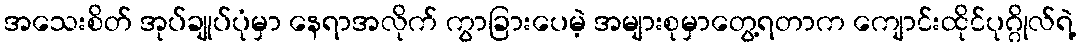
အသေးစိတ် အုပ်ချုပ်ပုံမှာ နေရာအလိုက် ကွာခြားပေမဲ့ အများစုမှာတွေ့ရတာက ကျောင်းထိုင်ပုဂ္ဂိုလ်ရဲ့